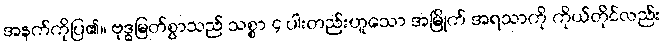
အနက်ကိုပြ၏။ ဗုဒ္ဓမြတ်စွာသည် သစ္စာ ၄ ပါးတည်းဟူသော အမြိုက် အရသာကို ကိုယ်တိုင်လည်း